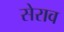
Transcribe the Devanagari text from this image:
सेराव